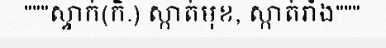
"""ស្ទាក់(កិ.) ស្កាត់មុខ, ស្កាត់រាំង"""